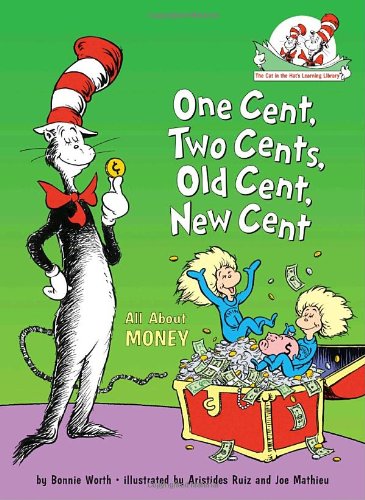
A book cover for One Cent, Two Cents, Old Cent, New Cent: All About Money (Cat in the Hat's Learning Library); Bonnie Worth; Children's Books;